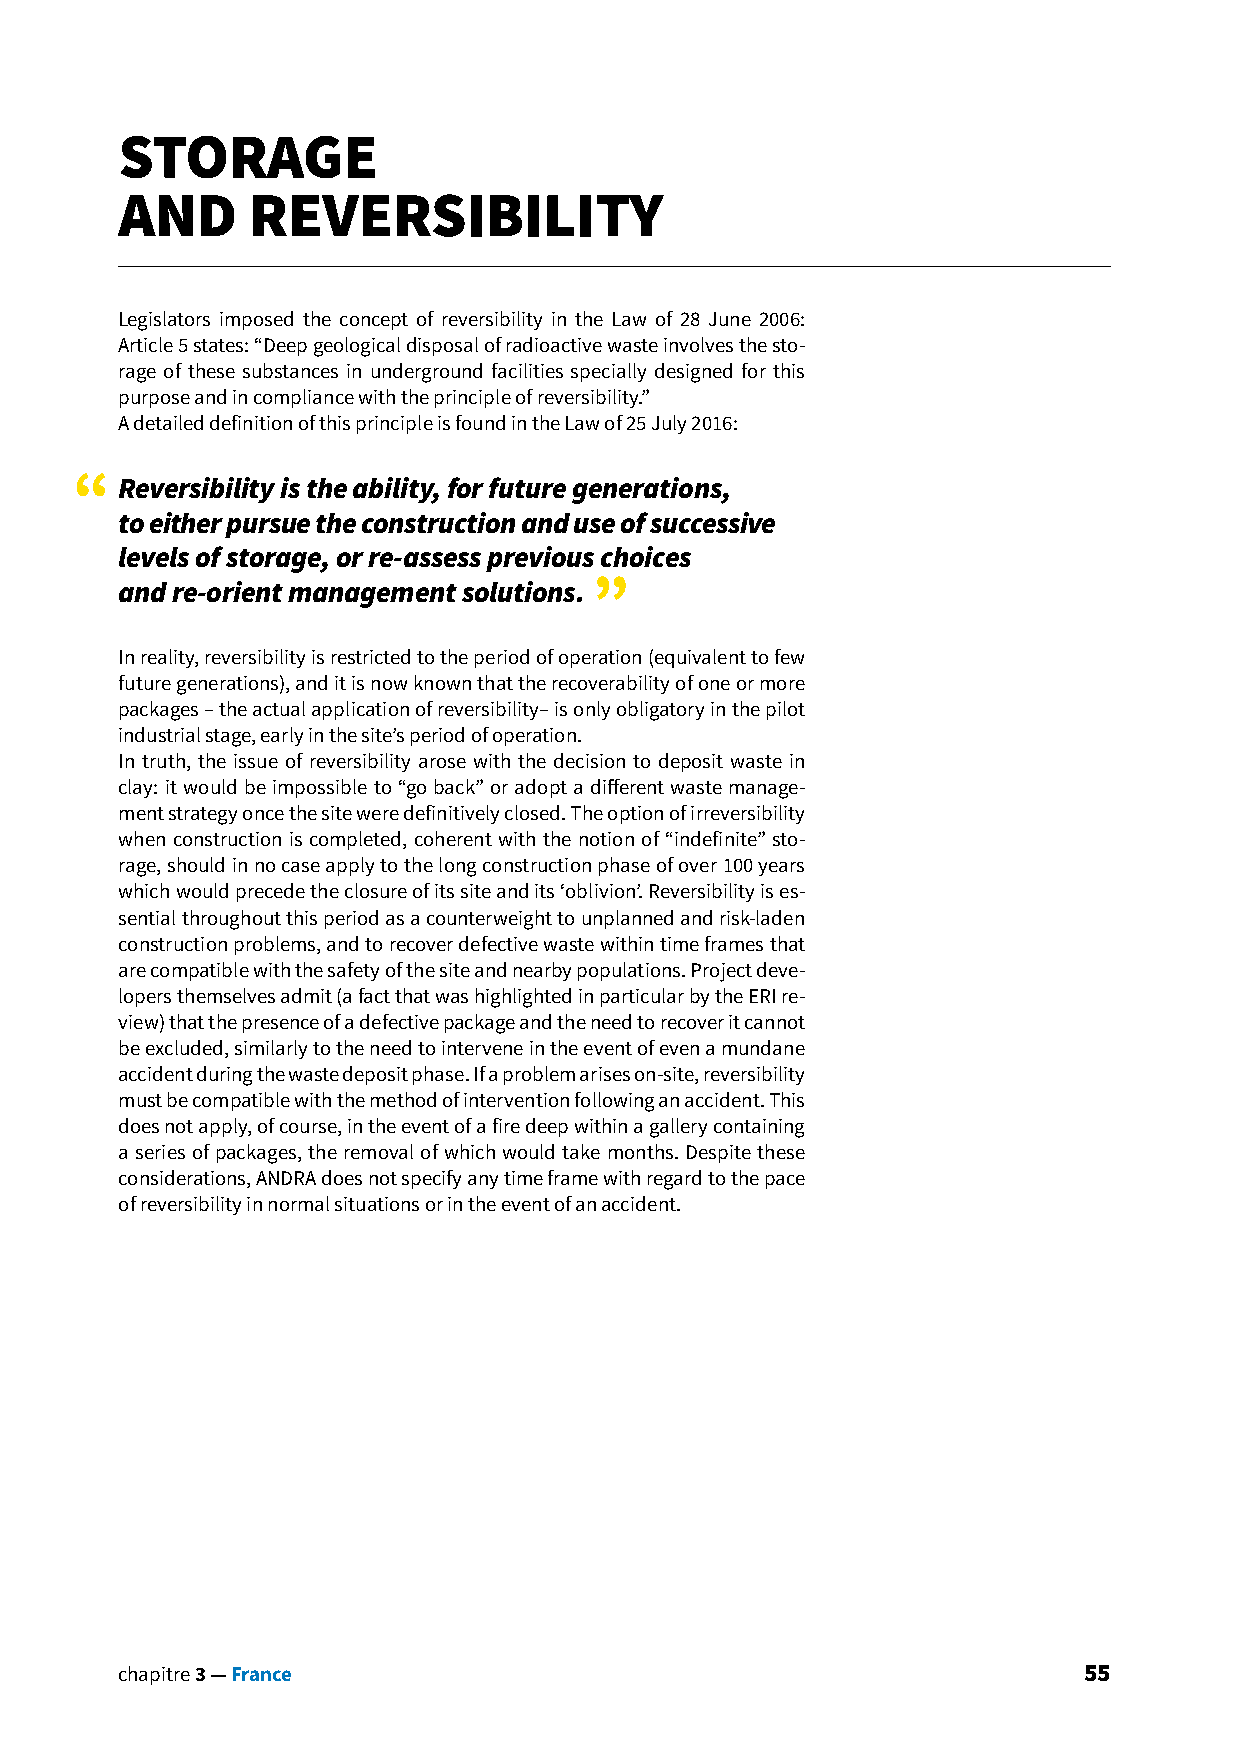
STORAGE
 AND     REVERSIBILITY
 Legislators imposed the concept of reversibility in the Law of 28 June 2006:
 Article 5 states: “Deep geological disposal of radioactive waste involves the sto-
 rage of these substances in underground facilities specially designed for this
 purpose and in compliance with the principle of reversibility.”
 A detailed definition of this principle is found in the Law of 25 July 2016:
 “  Reversibility is the ability, for future generations,
 to either pursue the construction and use of successive
 levels of storage, or re-assess previous choices
 and re-orient management solutions. ”
 In reality, reversibility is restricted to the period of operation (equivalent to few
 future generations), and it is now known that the recoverability of one or more
 packages – the actual application of reversibility– is only obligatory in the pilot
 industrial stage, early in the site’s period of operation.
 In truth, the issue of reversibility arose with the decision to deposit waste in
 clay: it would be impossible to “go back” or adopt a different waste manage-
 ment strategy once the site were definitively closed. The option of irreversibility
 when construction is completed, coherent with the notion of “indefinite” sto-
 rage, should in no case apply to the long construction phase of over 100 years
 which would precede the closure of its site and its ‘oblivion’. Reversibility is es-
 sential throughout this period as a counterweight to unplanned and risk-laden
 construction problems, and to recover defective waste within time frames that
 are compatible with the safety of the site and nearby populations. Project deve-
 lopers themselves admit (a fact that was highlighted in particular by the ERI re-
 view) that the presence of a defective package and the need to recover it cannot
 be excluded, similarly to the need to intervene in the event of even a mundane
 accident during the waste deposit phase. If a problem arises on-site, reversibility
 must be compatible with the method of intervention following an accident. This
 does not apply, of course, in the event of a fire deep within a gallery containing
 a series of packages, the removal of which would take months. Despite these
 considerations, ANDRA does not specify any time frame with regard to the pace
 of reversibility in normal situations or in the event of an accident.
 chapitre 3 — France                                             55